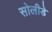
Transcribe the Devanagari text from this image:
सोलीडे